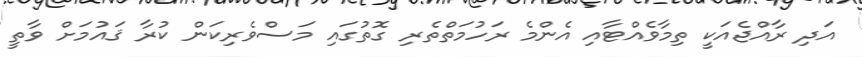
އަދި ރާއްޖެއަކީ ތިމާވެއްޓާއި އެންމެ ރަހުމަތްތެރި ގޮތުގައި މަސްވެރިކަން ކުރާ ޤައުމަށް ވާތީ